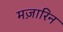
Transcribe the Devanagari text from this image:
मज़ारिन